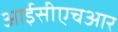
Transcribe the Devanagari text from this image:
आईसीएचआर